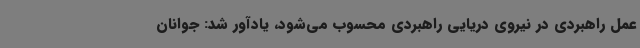
عمل راهبردی در نیروی دریایی راهبردی محسوب می‌شود، یادآور شد: جوانان